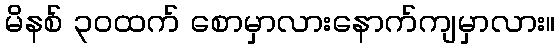
မိနစ် ၃၀ထက် စောမှာလားနောက်ကျမှာလား။